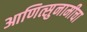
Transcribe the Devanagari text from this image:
आणित्सुनामीचा